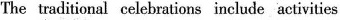
The traditional celebrations include activities